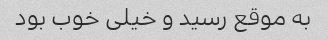
به موقع رسید و خیلی خوب بود